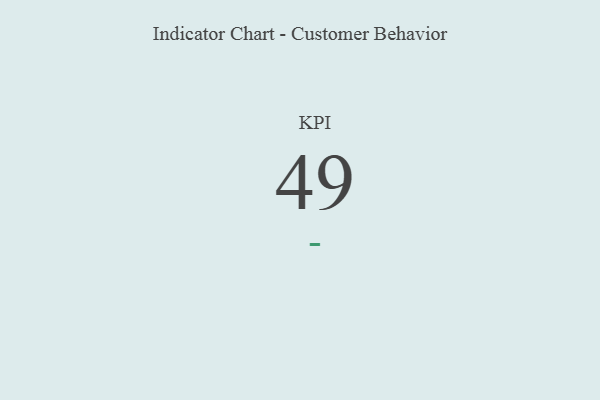
{"axis": {"x": "KPI", "y": "Value"}, "legend": [""], "data": [{"x": "KPI", "y": 49, "type": ""}]}